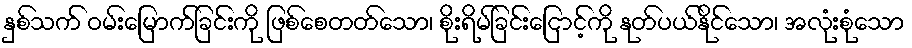
နှစ်သက် ဝမ်းမြောက်ခြင်းကို ဖြစ်စေတတ်သော၊ စိုးရိမ်ခြင်းငြောင့်ကို နုတ်ပယ်နိုင်သော၊ အလုံးစုံသော